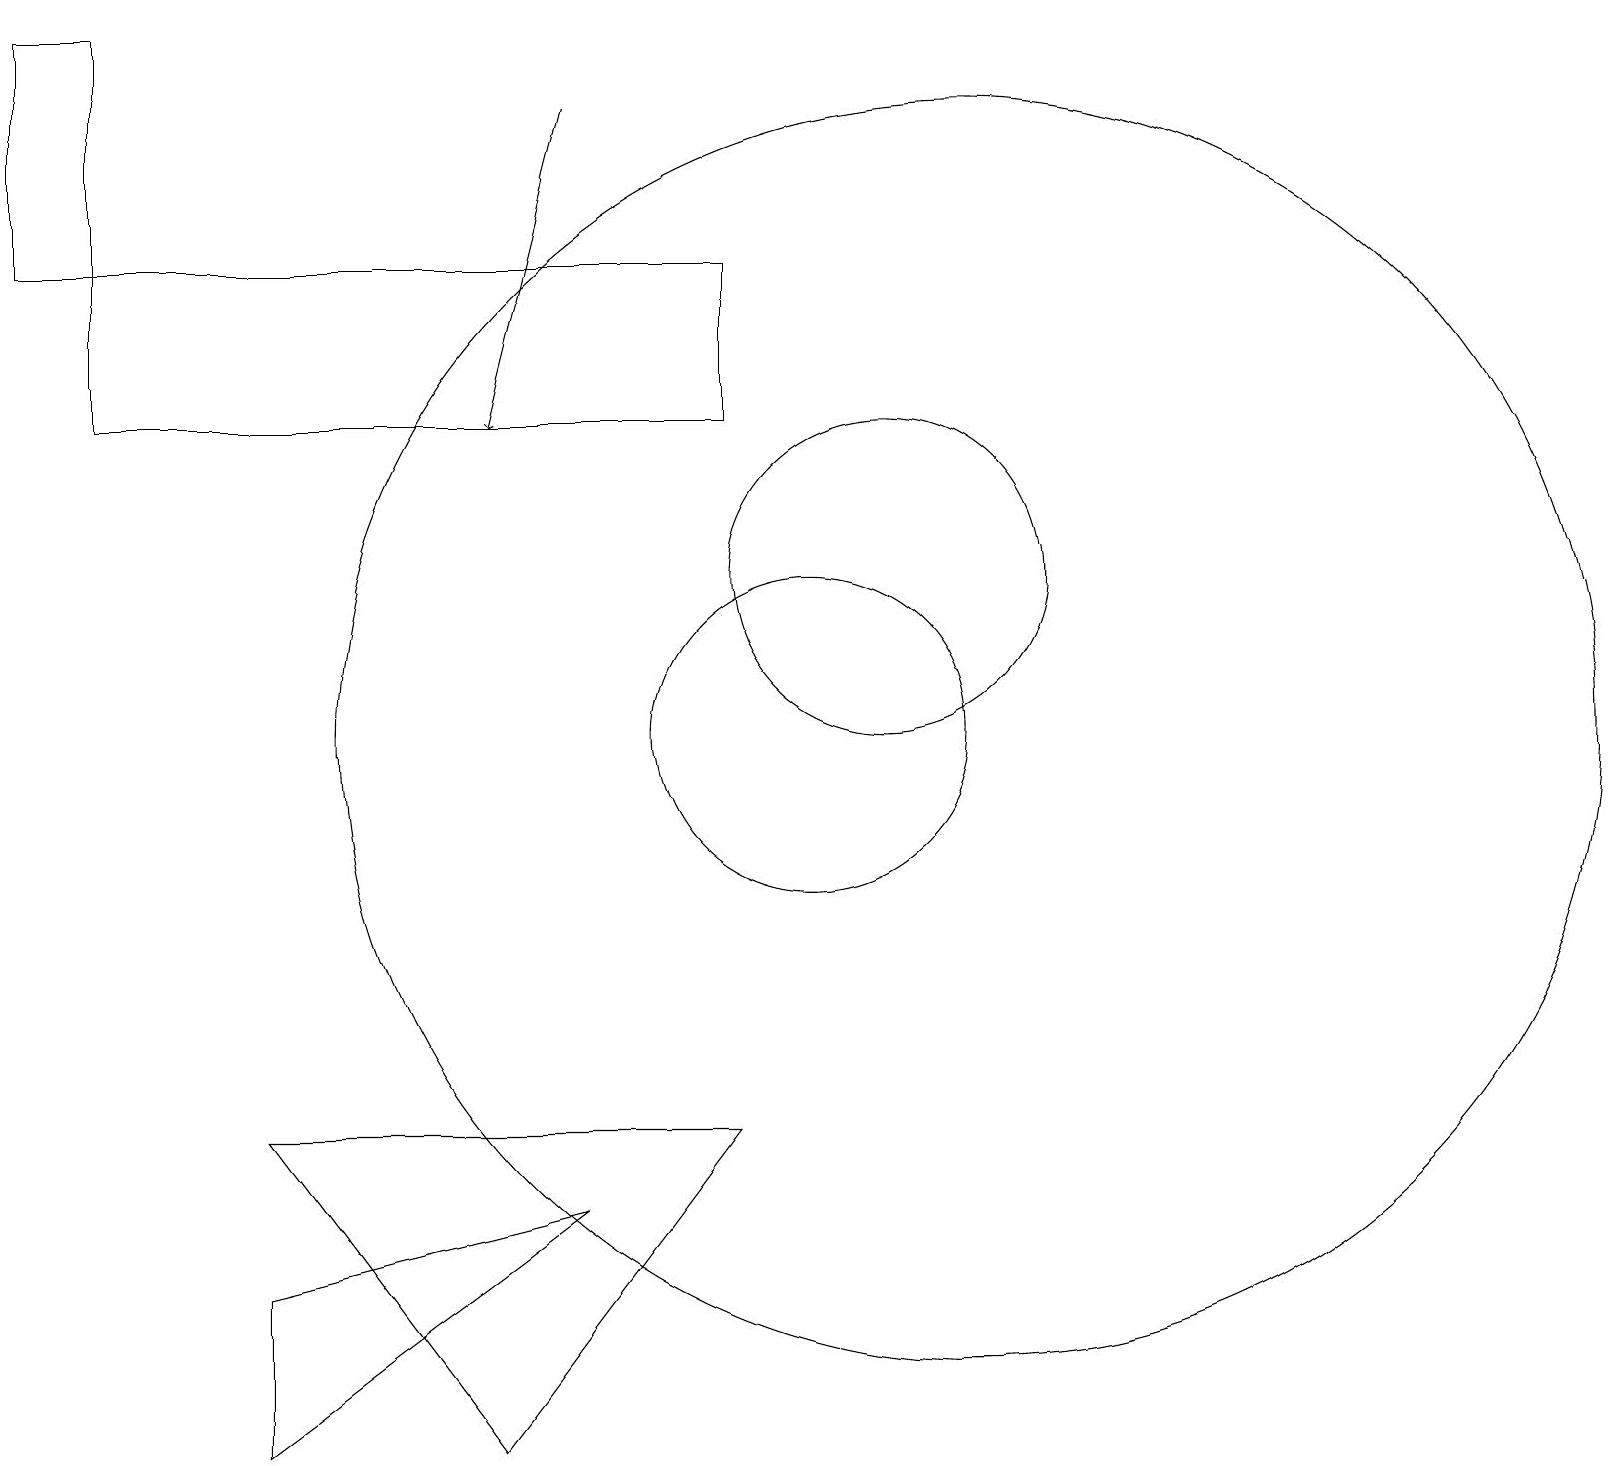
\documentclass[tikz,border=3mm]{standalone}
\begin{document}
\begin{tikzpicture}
\draw (9,16) rectangle (1,14);
\draw (11,12) circle (2);
\draw (3,1) -- (3,3) -- (7,4) -- cycle;
\draw (10,10) circle (2);
\draw (6,1) -- (3,5) -- (9,5) -- cycle;
\draw (1,19) rectangle (0,16);
\draw (12,10) circle (8);
\draw[->] (7,18) -- (6,14);
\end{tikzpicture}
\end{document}